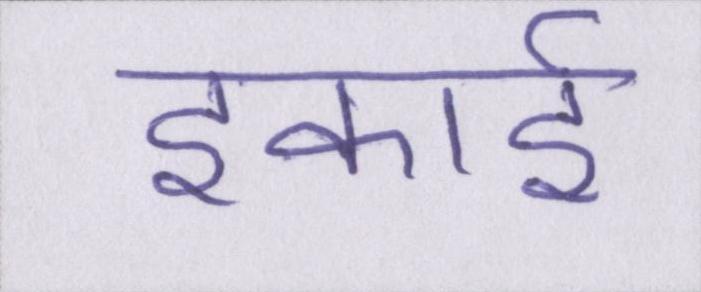
इकाई